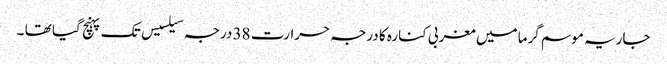
جاریہ موسم گرما میں مغربی کنارہ کا درجہ حرارت 38 درجہ سیلسیس تک پہنچ گیا تھا ۔